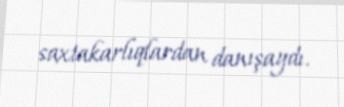
saxtakarlıqlardan danışaydı.